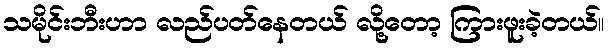
သမိုင်းဘီးဟာ လည်ပတ်နေတယ် လို့တော့ ကြားဖူးခဲ့တယ်။